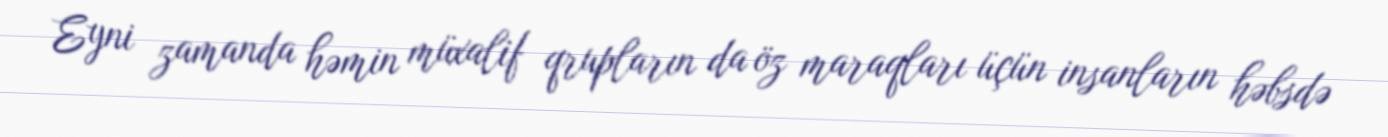
Eyni zamanda həmin müxalif qrupların da öz maraqları üçün insanların həbsdə